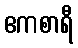
ဧကစာရီ